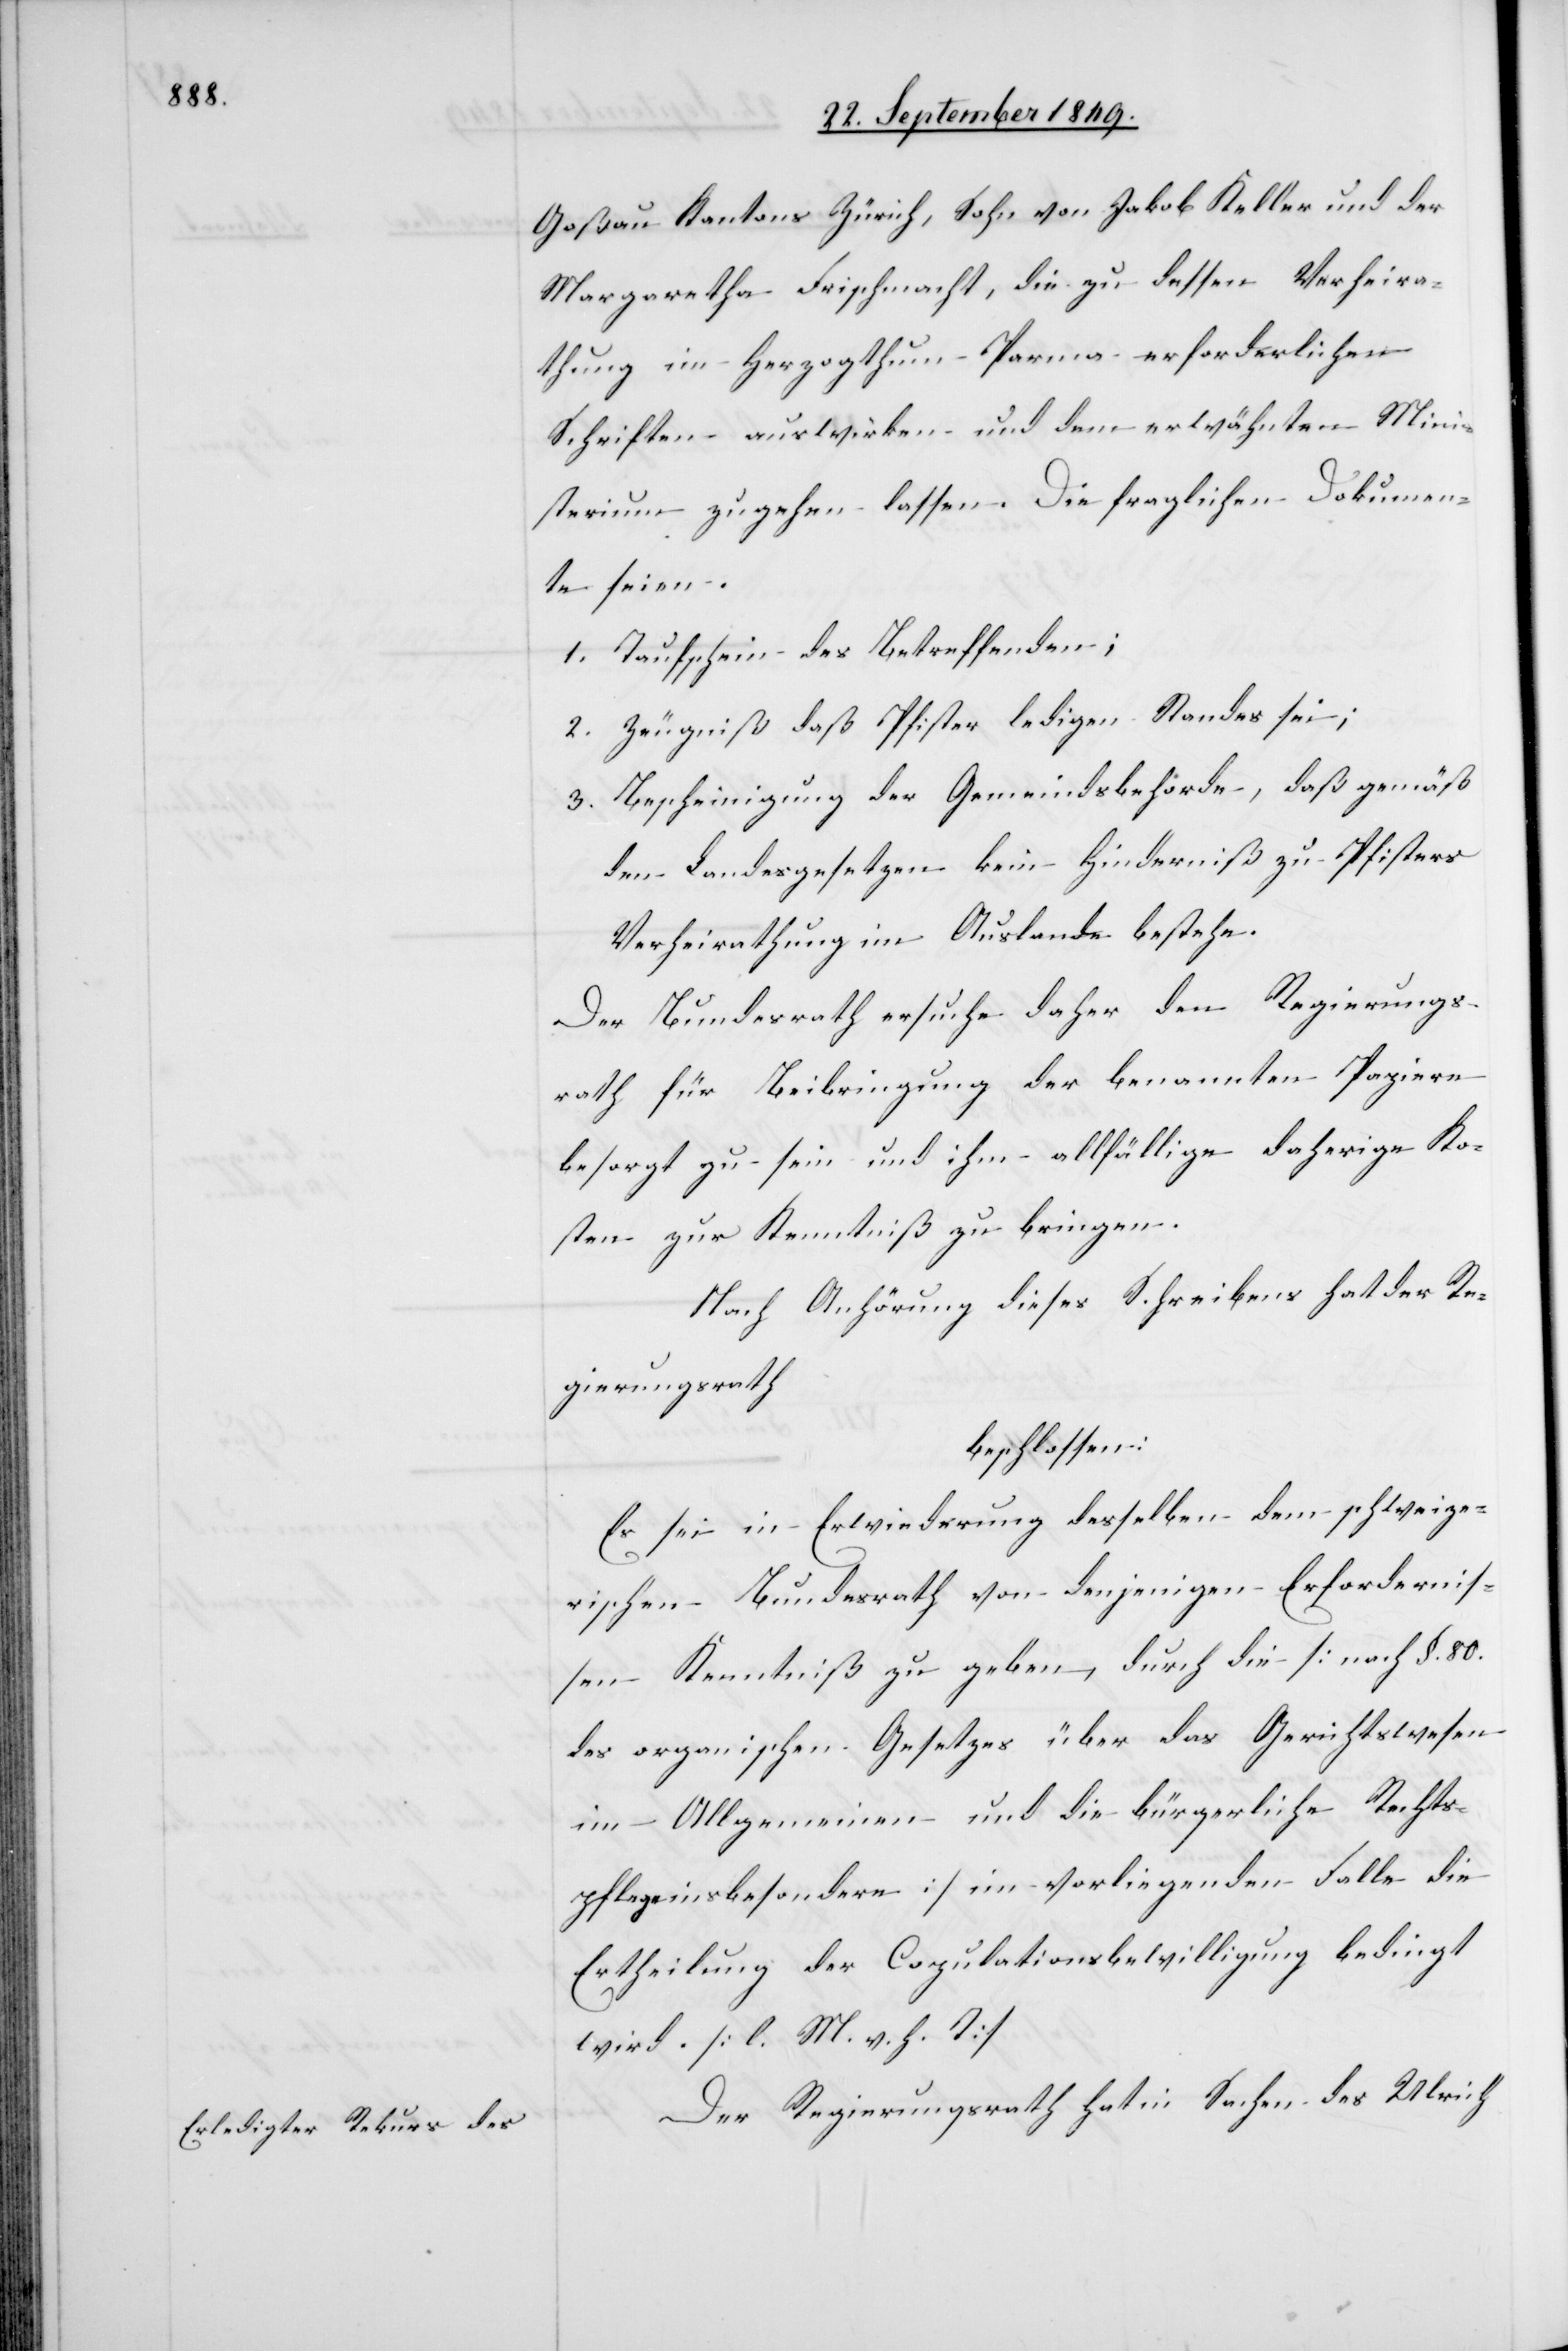
Goßau Kantons Zürich, Sohn von Jakob Keller und der
Margaretha Frischmacht, die zu dessen Verheira¬
thung im Herzogthum Parma erforderlichen
Schriften auswirken und dem erwähnten Mini¬
sterium zugehen lassen. Die fraglichen Dokumen¬
te seien.
1. Taufschein des Betreffenden;
2. Zeugniß daß Pfister ledigen Standes sei;
3. Bescheinigung der Gemeindsbehörde, daß gemäß
den Landesgesetzen kein Hinderniß zu Pfisters
Verheirathung im Auslande bestehe.
Der Bundesrath ersuche daher den Regierungs¬
rath für Beibringung der benannten Papiere
besorgt zu sein und ihm allfällige daherige Ko¬
sten zur Kenntniß zu bringen.
Nach Anhörung dieses Schreibens hat der Re¬
gierungsrath
beschlossen:
Es sei in Erwiederung desselben dem schweize¬
rischen Bundesrath von denjenigen Erfordernis¬
sen Kenntniß zu geben, durch die [nach §. 80.
des organischen Gesetzes über das Gerichtswesen
im Allgemeinen und die bürgerliche Rechts¬
pflege insbesondere] im vorliegenden Falle die
Ertheilung der Copulationsbewilligung bedingt
wird. [l. M. v. h. T]
Der Regierungsrath hat in Sachen des Ulrich